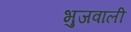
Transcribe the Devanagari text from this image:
भुजवाली